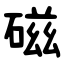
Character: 磁